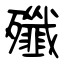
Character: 殲